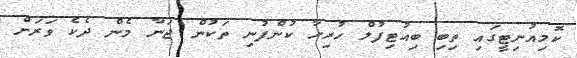
ކޮމިއުނިޓީގައި ތިބި ބިއުޓިފުލް ހުރިހާ ކުންފުނި ތަކުން ޖަނާ މެން ދެކެ ވަރަށް